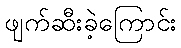
ဖျက်ဆီးခဲ့ကြောင်း